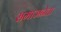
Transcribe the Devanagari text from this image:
समाजनेता